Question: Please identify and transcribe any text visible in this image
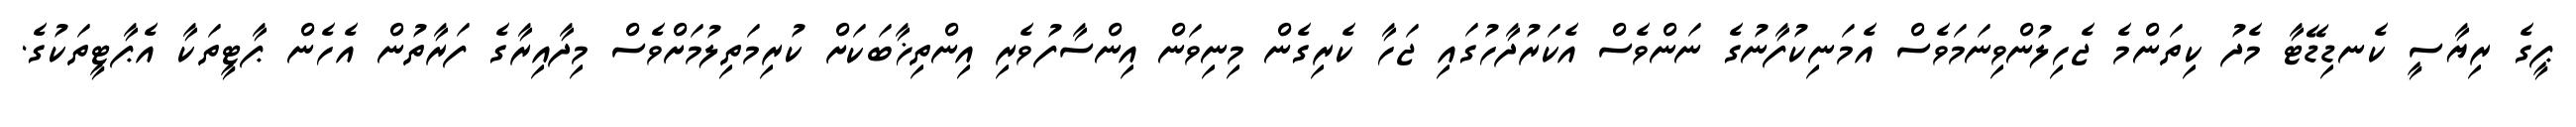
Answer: ޕީގެ ރިޔާސީ ކެނޑިޑޭޓާ މެދު ކިތަންމެ ޖެހިލުންވިނަމަވެސް އެމަނިކުފާނުގެ ނަންވެސް އެކަރުދާހުގައި ޖަހާ ކެރިގެން މިނިވަން އިންސާފުވެރި އިންތިޚާބަކަށް ކުރިމަތިލުމަށްވެސް މިދާއިރާގެ ފަރާތުން އެހެން ޕާޓީތަކާ އެޕާޓީތަކުގެ.